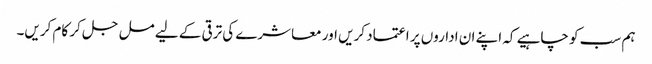
ہم سب کو چاہیے کہ اپنے ان اداروں پر اعتماد کریں اور معاشرے کی ترقی کے لیے مل جل کر کام کریں۔